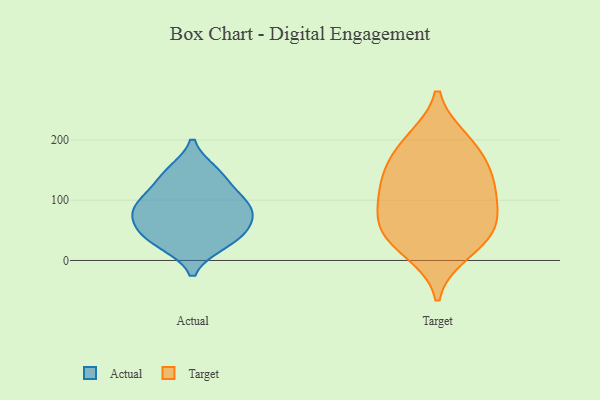
{"axis": {"x": "Inventory Turnover", "y": "Value"}, "legend": ["Actual", "Target"], "data": [{"x": "", "y": 80, "type": "Actual"}, {"x": "", "y": 96, "type": "Actual"}, {"x": "", "y": 104, "type": "Actual"}, {"x": "", "y": 84, "type": "Actual"}, {"x": "", "y": 60, "type": "Actual"}, {"x": "", "y": 139, "type": "Actual"}, {"x": "", "y": 28, "type": "Actual"}, {"x": "", "y": 50, "type": "Actual"}, {"x": "", "y": 33, "type": "Actual"}, {"x": "", "y": 147, "type": "Actual"}, {"x": "", "y": 143, "type": "Target"}, {"x": "", "y": 74, "type": "Target"}, {"x": "", "y": 42, "type": "Target"}, {"x": "", "y": 113, "type": "Target"}, {"x": "", "y": 36, "type": "Target"}, {"x": "", "y": 14, "type": "Target"}, {"x": "", "y": 200, "type": "Target"}, {"x": "", "y": 59, "type": "Target"}, {"x": "", "y": 94, "type": "Target"}, {"x": "", "y": 161, "type": "Target"}, {"x": "", "y": 195, "type": "Target"}, {"x": "", "y": 131, "type": "Target"}]}